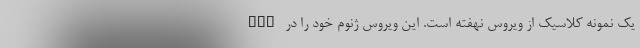
یک نمونه کلاسیک از ویروس نهفته است. این ویروس ژنوم خود را در DNA